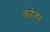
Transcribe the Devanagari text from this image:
करेतर